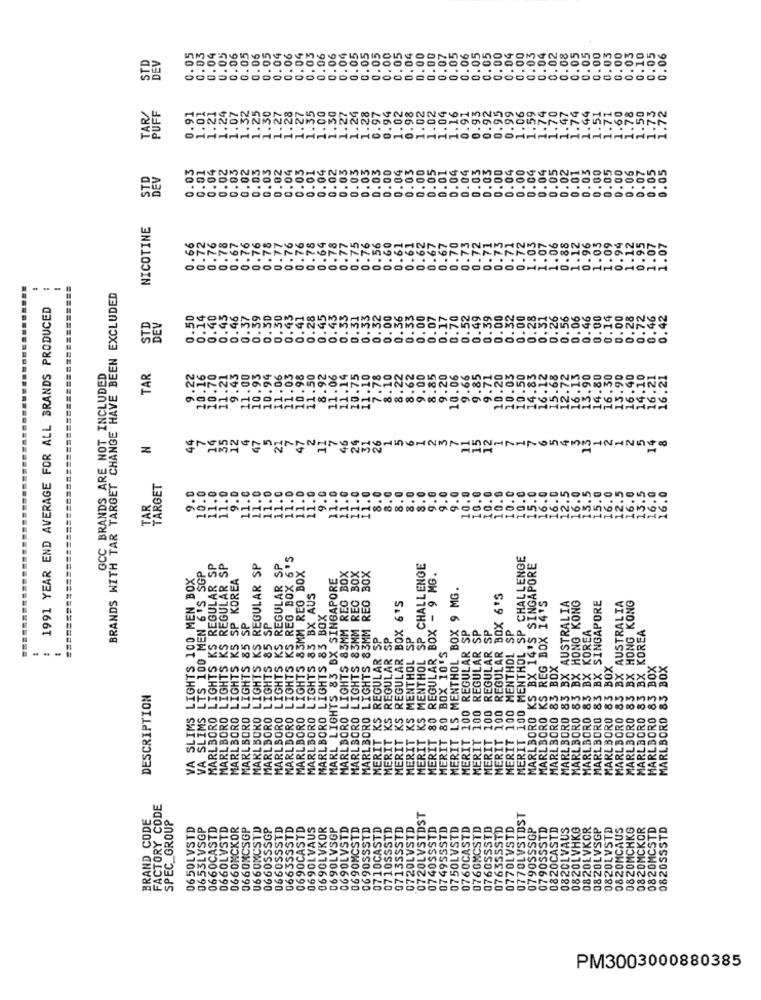
0.04
0.00
0.05
0.06
0.05
0.05
0.00
0.05
0.00
0.10
STD
0.05
0.03
0.05
0.06
0.05
0.06
0.05
0.04
0.06
0.04
0.03
0.06
0.06
0.04
0.05
0.05
0.05
0.00
0.05
0.00
0.07
0.00
0.04
0.00
0.03
0.04
0.02
0.08
0.05
0.05
0.03
0.05
0.06
DEV
PUFF
1.01
.07
.32
1.25
1.30
1.28
1.35
1.00
1.30
1.27
0.94
1.02
0.98
1.02
1.02
1.04
0.91
0.93
0.92
0.95
0.99
1.06
1.59
1.74
1.70
1.47
1.74
1.44
1.71
1.60
1.78
1.50
1.73
TAR/
1.21
.24
.. 27
1.2
1.28
0.97
1.16
1.5
1.2
0.03
0.04
0.02
0.03
0.02
0.03
0.03
0.02
0.04
0.03
0.01
0.04
0.02
0.03
0.03
0.03
0.03
0.00
0.04
0.03
0.00
0.05
0.01
0.04
0.04
0.03
0.03
0.00
0.04
0.00
0.04
0.04
0.05
0.02
0.01
0.03
0.00
0.05
0.00
0.06
0.07
0.05
0.05
DEV
NICOTINE
0.72
0.76
0.77
0.64
0.78
0.76
0.56
0.60
0.61
0.61
0.62
0.73
0.71
0.73
1. 03
1.07
1.06
0.88
0.96
1.03
1.09
0.94
1.12
0.66
0.76
0.76
0.78
0.77
0.75
0.67
0.67
0.70
0.72
0.71
0.72
1.12
0.95
1.07
1.07
0000
BRANDS WITH TAR TARGET CHANGE HAVE BEEN EXCLUDED
1991 YEAR END AVERAGE FOR ALL BRANDS PRODUCED
0.30
0.50
0.14
1.40
0.45
0.46
0.37
0.39
0.50
0.43
0.41
0.28
0.45
0.43
.33
.49
00
0.00
0.28
0.51
0.56
0.06
0.46
0.00
0.14
0.00
.46
STD
DEI
0.31
0.32
0.26
10.16
9.43
GCC BRANDS ARE NOT INCLUDED
TAR
9.22
11.21
11.00
10.94
11.06
11.03
10.98
11.50
.06
14
.75
10.
10
=============
44
14
35
12
47
5
21
46
H
11
ominor
TARGET
1.0
9.0
1.0
11.0
11.0
11.0
1.0
10.1
9.0
TAR
......
00
HHHHHHH
KS REG BOX 6'5
MERIT 100 MENTHOL SP CHALLENGE
VA SLIMS LTS 100 MEN 6'S SGP
MARLBORO LIGHTS KS REGULAR SP
MARLBORO LIGHTS KS REGULAR SP
MARLBORO LIGHTS KS REGULAR SP
MARLBORO LIGHTS KS REGULAR SP
LIGHTS 83MM REG BOX
MARLBORO LIGHTS 83MM REG BOX
MARLBORO LIGHTS 83MM REG BOX
MERIT KS MENTHOL SP CHALLENGE
MARLBORO KS BX 14'S SINGAPORE
VA SLIMS LIGHTS 100 MEN BOX
MARLBORO LIGHTS KS SP KOREA
MARL LIGHTS 83 BX SINGAPORE
MARLBORO LIGHTS 83MM REG BOX
REGULAR BOX - 9 MG.
MERIT LS MENTHOL BOX 9 MG.
LIGHTS 83 BX AUS
MERIT 100 REGULAR BOX 6'S
S REG BOX 14'S
HONG KONG
MARLBORO 83 BX SINGAPORE
MARLBORO 85 BX AUSTRALIA
MARLBORO 83 BX AUSTRALIA
BX HONG KONG
SP
LIGHTS 85 SP
MARLBORO LIGHTS 83 BOX
KS REGULAR BOX 6
MERIT 100 REGULAR SP
MENTHOL SP
KOREA
MARLBORO 83 BX KOREA
MARLBORO LIGHTS 85
KS REGULAR SP
KS MENTHOL SP
REGULAR SP
MERIT 100 REGULARS
LIGHTS
REGULAR
MERIT 80 BOX 10'S
MARLBORO 83 BOX
MARLBORO 83 BX
MARLBORO 83 BOX
MARLBORO 83 BOX
MARLBORO 83 BOX
MARLBORO 83
DESCRIPTION
xxxxxxxas
MARLBORO 83
MERIT 100
MARLBORO
MARLBORO
MARLBORO
MARLBORO
KS
MERIT 100
MARLBORO
MERIT
MERIT
MERIT
MERIT
MERIT
FACTORY CODE
BRAND CODE
SPEC_GROUP
0720LVSTDST
077OLVSTDST
0650LVSTD
0653LVSGP
0660CASTD
0660LVSTD
0660MCSGP
U66UMCSTD
0660SSSGP
0660SSSTD
066355STD
0690CASTD
0690LVAUS
0690LVKOR
0690LVSGP
0690LVSTD
0690MCSTD
0690SSSTD
0710CASTD
0710SSSTD
0713SSSTD
0720LVSTD
0740SSSTD
074955STD
0750LVSTD
0760CASTD
0760MCSTD
0760SSSTD
076355STD
0770LVSTD
0790SSSGP
079055STD
0820CASTD
0820LVAUS
0820LVHKG
0820LVKOR
KOR
0820LVSGP
0820LVSTD
0820MCAUS
0820MCHKG
KOR
STD
082055STD
KO
0660NO
082
PM3003000880385